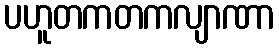
ပဟူတကတကလျာဏာ